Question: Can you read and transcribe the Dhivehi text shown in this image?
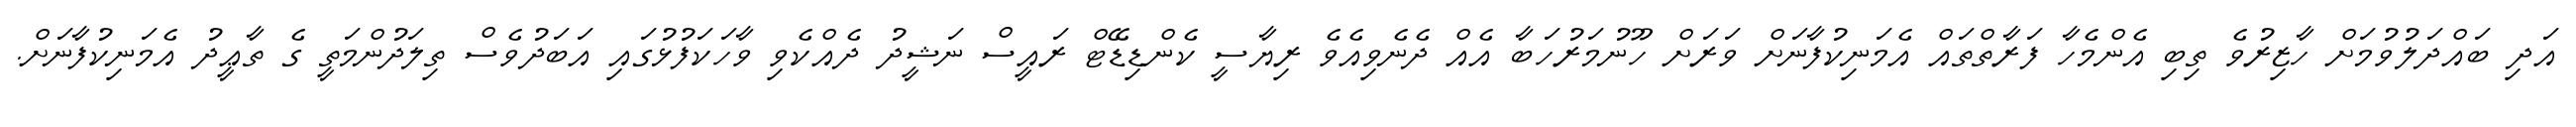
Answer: އަދި ބައްދަލުވުމަށް ހާޒިރުވެ ތިބި އެންމެހާ ފަރާތްތައް އެމަނިކުފާނަށް ވަރަށް ހޫނުމަރުހަބާ އެއް ދެނެވިއެވެ ރިޔާސީ ކެންޑިޑޭޓް ރައީސް ނަޝީދު ދެއްކެވި ވާހަކަފުޅުގައި އަބަދުވެސް ތިލަދުންމަތީ ގެ ތާޢީދު އެމަނިކުފާނަށް.